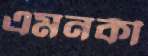
এমনকী